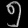
Digit: ၅